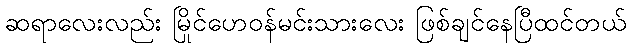
ဆရာလေးလည်း မြိုင်ဟေဝန်မင်းသားလေး ဖြစ်ချင်နေပြီထင်တယ်